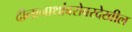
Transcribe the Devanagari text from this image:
दीनानाथांबरोबरदेखील